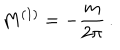
M ^ { ( 1 ) } = - \frac { m } { 2 \pi } \, .